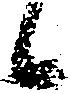
候